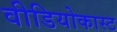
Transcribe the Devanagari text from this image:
वीडियोकास्ट